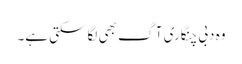
وہ دبی چنگاری آگ بھی لگا سکتی ہے۔